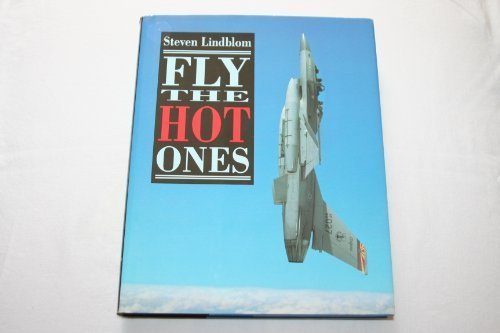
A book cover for FLY THE HOT ONES CL; Steven Lindblom; Children's Books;